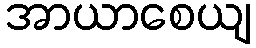
အာယာစေယျ